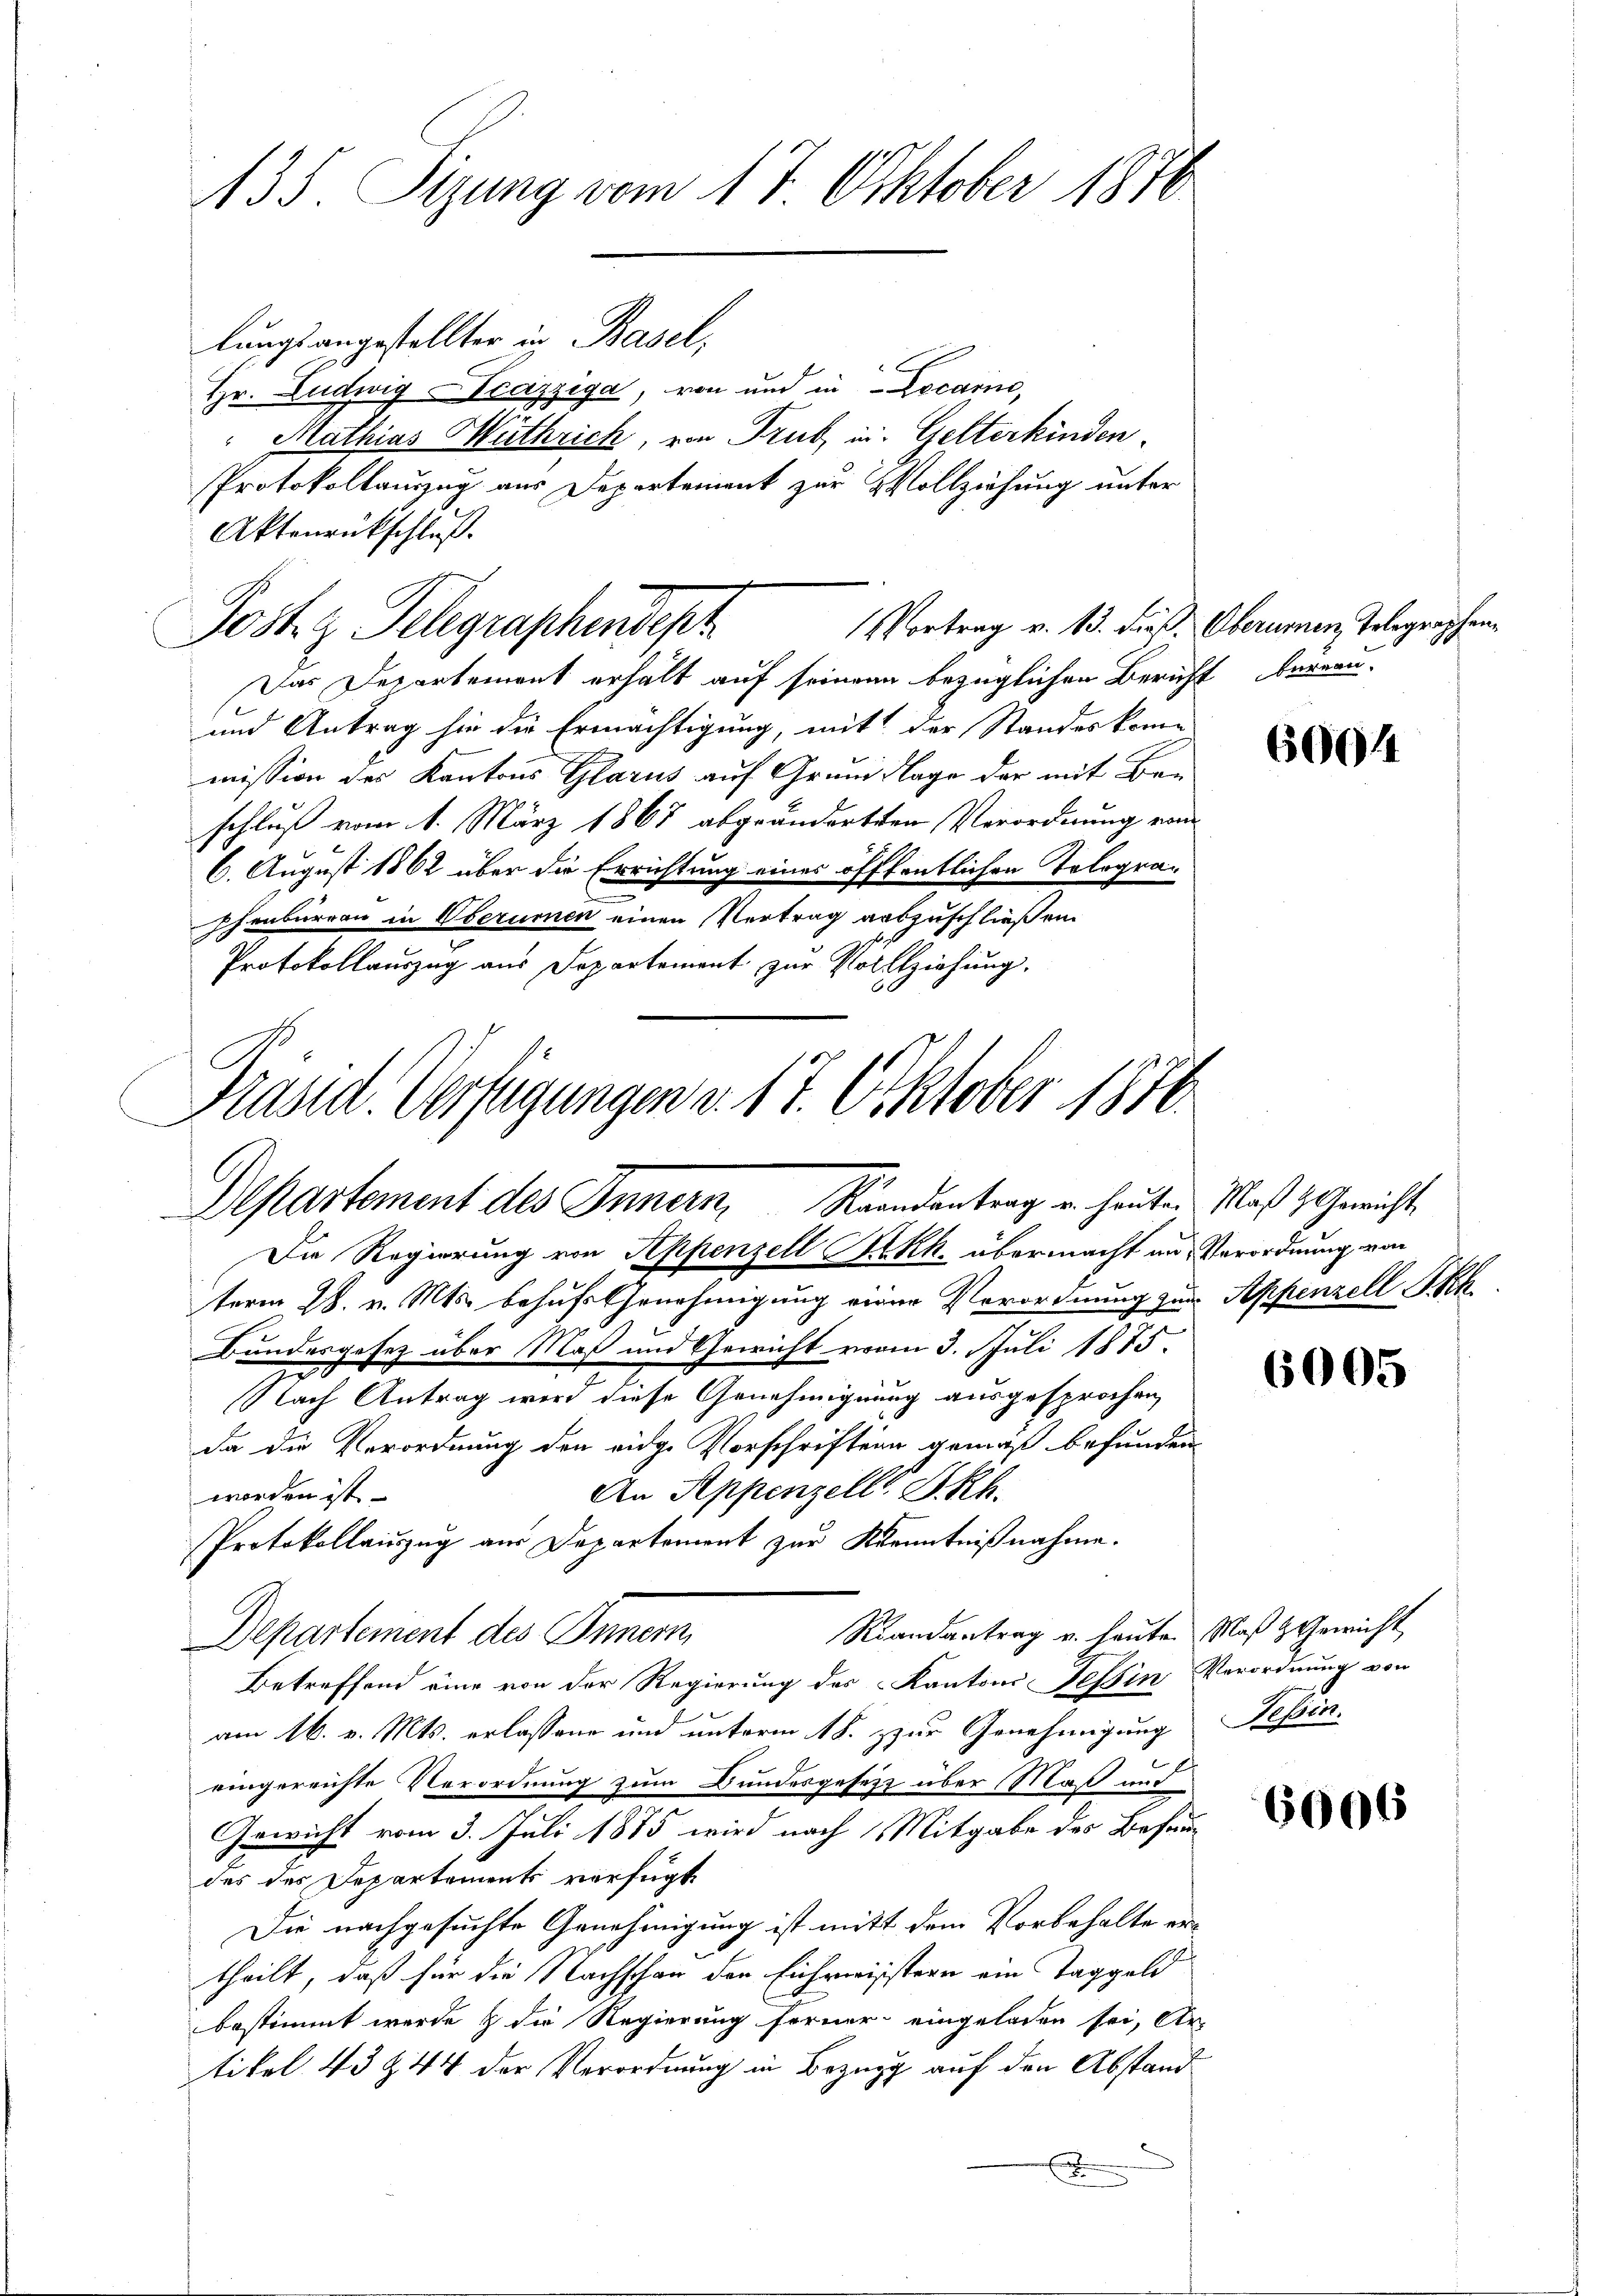
135. Sizung vom 17. Oktober 1870

Jost Telegraphendept

Präsid. Verfügungen d. 17. Oktober 1870
Departement des Innern, Randantrag u. heute Maß z. Gewicht
Die Regierung von Appenzell Akk. übermacht an Verordnung von

lungsangestellter in Basel,
Hr. Ludwig Tcazziga, von und in Locarine,
 Kathias Mithrich, von Trub in Gelterkinden
Protokollauszug aus Departement zur Vollziehung unter
Aktenrückschluß.
Vortrag v. 13. Fieß. Oberamen Telegraphen¬
Das Departement erhält auf seinen bezüglichen Bericht bereau-
und Antrag sie die Ermächtigung, mit der Standeskomme
mission des Kantons Glarus auf Grund Klage der mit Beschluß vom 1. März 1867 abgeänderten Verordnung vom
6. August 1862 über die Errichtung eines öffentlichen Telegraphenbureau in Oberumen einen Vertrag auszuschließen.
Protokollauszug aus Departement zur Vollziehung.

term 28. v. Mts. behufs Genehmigung einer Verordnung zur Appenzell Skh
Bundesgesetz über Maß und Gewicht vom 3. Juli 1875.
Nach Antrag wird diese Genehmigung ausgesprochen,
da die Verordnung der eidge Vorschriftung gemäß befunden
An Appenzell SRh.
worden ist.
Protokollauszug aus Departement zur Kenntnißnahme.
Randantrag u. heute Maß & Gewicht
Betreffend eine von der Regierung des Kantons effin Verordnung von
am 16. v. Mts. erlassene und unterm 18. zur Genehmigung Tessin.
eingereichte Verordnung zum Bundesgesetz über Maß und
Gewicht vom 3. Juli 1875 wird nach Mitgabe des Befundes des Departements verfügt
Die nachgesuchte Genehmigung ist mitt dem Vorbehalte ertheilt, daß für die Nachschau den Eichreisstern ein Taggeld
bestimmt werde & die Regierung ferner eingeladen sei, Ar
tikel 43 & 44 der Verordnung in Bezug auf den Abstand
f

Departement des Innern,

6004

6005

6006